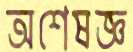
অশেষজ্ঞ